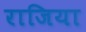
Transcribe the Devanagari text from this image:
राजिया